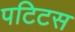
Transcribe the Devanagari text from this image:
पटिटस